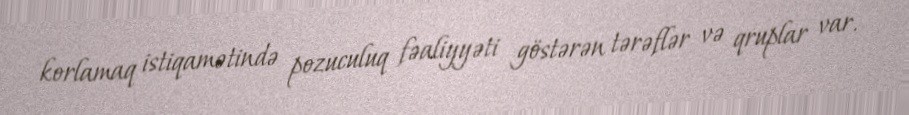
korlamaq istiqamətində pozuculuq fəaliyyəti göstərən tərəflər və qruplar var.